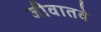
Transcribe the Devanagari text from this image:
जीवातवे